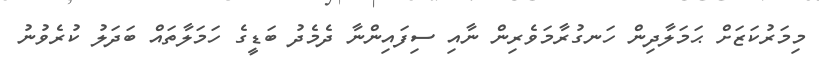
މިމަރުކަޒަށް ޙަމަލާދިން ހަނގުރާމަވެރިން ނާއި ސިފައިންނާ ދެމެދު ބަޑީގެ ހަމަލާތައް ބަދަލު ކުރެވުނު